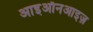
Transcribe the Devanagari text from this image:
आइऑनआइज़